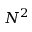
N ^ { 2 }